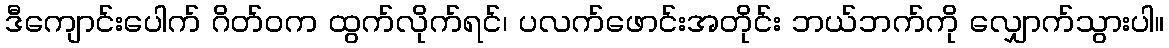
ဒီကျောင်းပေါက် ဂိတ်ဝက ထွက်လိုက်ရင်၊ ပလက်ဖောင်းအတိုင်း ဘယ်ဘက်ကို လျှောက်သွားပါ။